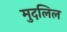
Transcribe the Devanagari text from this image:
मुदलिल